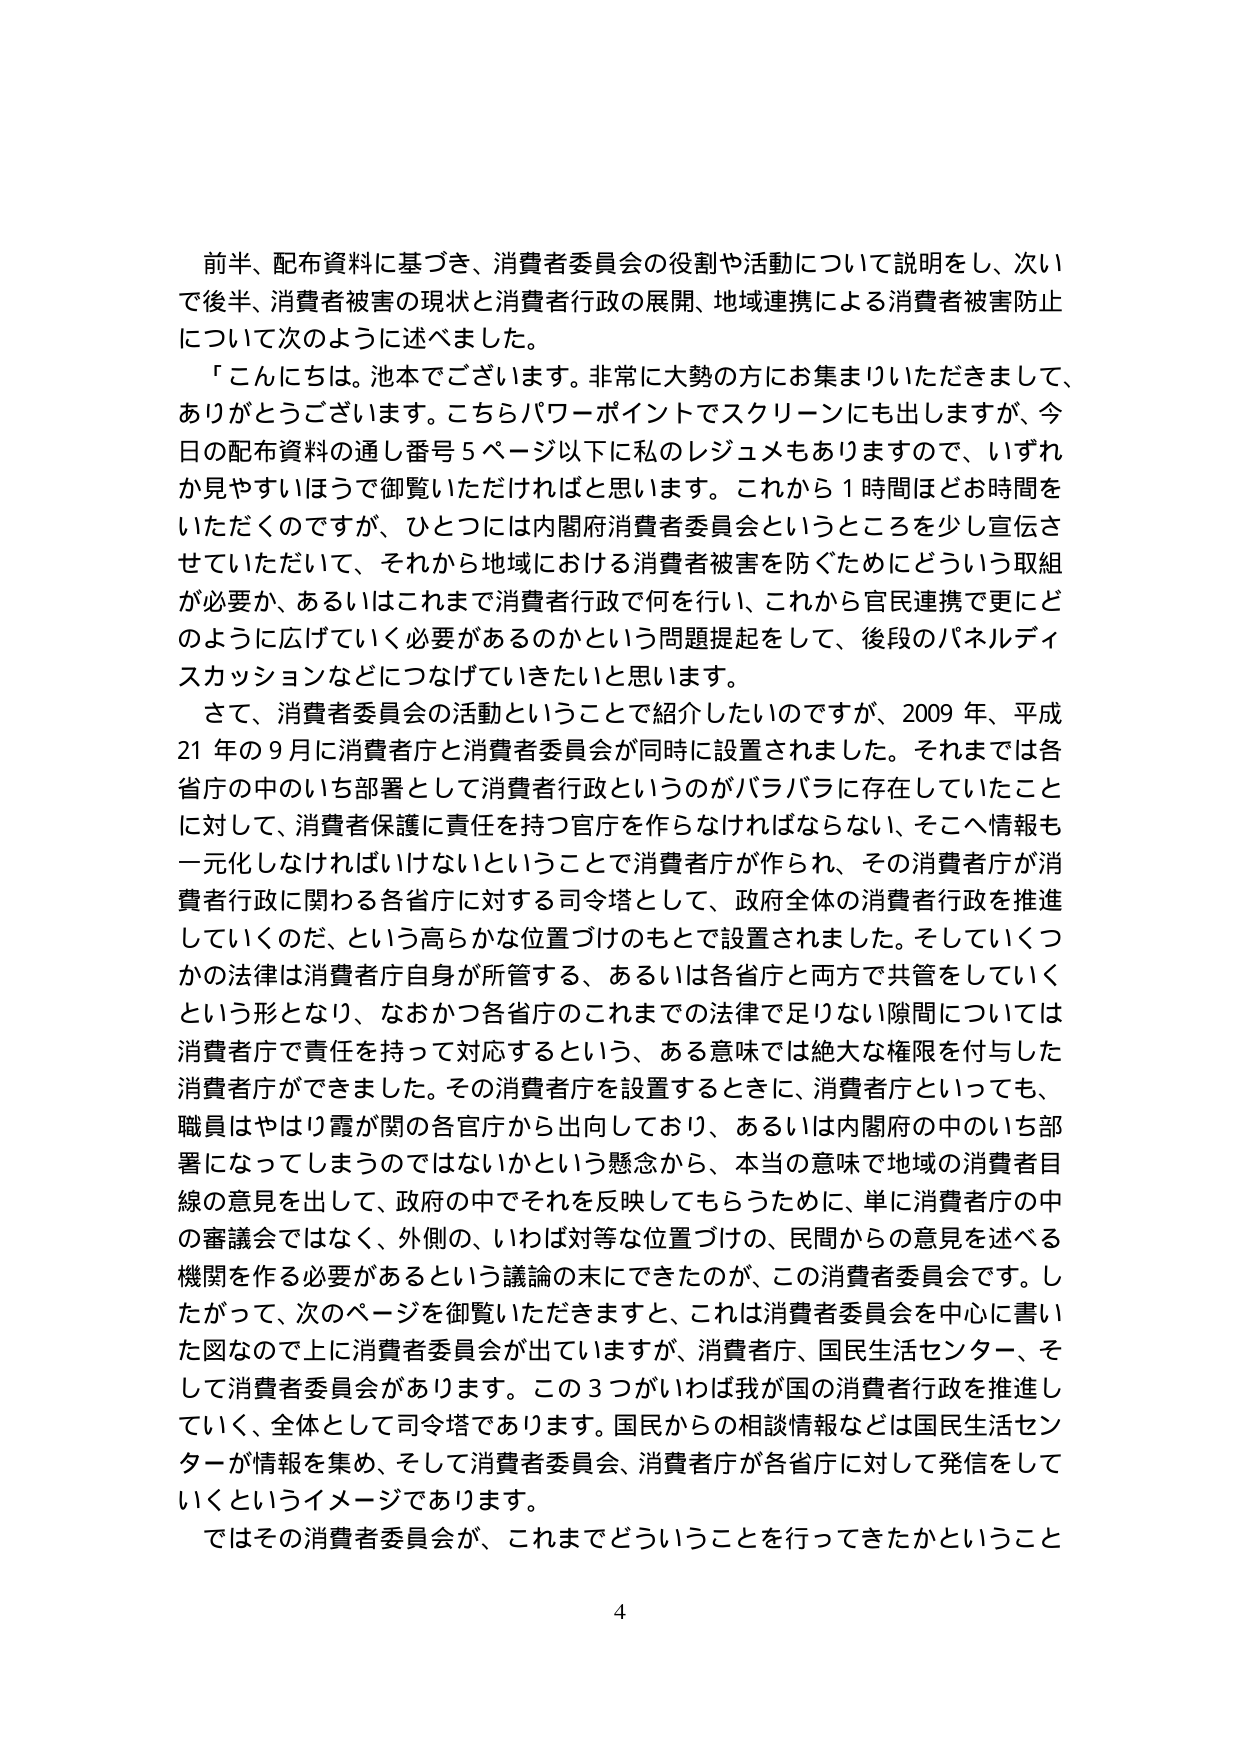
前半、配布資料に基づき、消費者委員会の役割や活動について説明をし、次いで後半、消費者被害の現状と消費者行政の展開、地域連携による消費者被害防止について次のように述べました。

「こんにちは。池本でございます。非常に大勢の方にお集まりいただきまして、ありがとうございます。こちらパワーポイントでスクリーンにも出しますが、今日の配布資料の通し番号５ページ以下に私のレジュメもありますので、いずれか見やすいほうで御覧いただければと思います。これから１時間ほどお時間をいただくのですが、ひとつには内閣府消費者委員会というところを少し宣伝させていただいて、それから地域における消費者被害を防ぐためにどういう取組が必要か、あるいはこれまで消費者行政で何を行い、これから官民連携で更にどのように広げていく必要があるのかという問題提起をして、後段のパネルディスカッションなどにつなげていきたいと思います。

さて、消費者委員会の活動ということで紹介したいのですが、2009年、平成21年の9月に消費者庁と消費者委員会が同時に設置されました。それまでは各省庁の中のいち部署として消費者行政というのがバラバラに存在していたことに対して、消費者保護に責任を持つ官庁を作らなければならない、そこへ情報も一元化しなければいけないということで消費者庁が作られ、その消費者庁が消費者行政に関わる各省庁に対する司令塔として、政府全体の消費者行政を推進していくのだ、という高らかな位置づけのもとで設置されました。そしていくつかの法律は消費者庁自身が所管する、あるいは各省庁と両方で共管していくという形となり、なおかつ各省庁のこれまでの法律で足りない隙間については消費者庁で責任を持って対応するという、ある意味では絶大な権限を付与した消費者庁ができました。その消費者庁を設置するときに、消費者庁といっても、職員はやはり霞が関の各官庁から出向しており、あるいは内閣府の中のいち部署になってしまうのではないかという懸念から、本当の意味で地域の消費者目線の意見を出して、政府の中でそれを反映してもらうために、単に消費者庁の中の審議会ではなく、外側の、いわば対等な位置づけの、民間からの意見を述べる機関を作る必要があるという議論の末にできたのが、この消費者委員会です。したがって、次のページを御覧いただきますと、これは消費者委員会を中心に書いた図なので上に消費者委員会が出ていますが、消費者庁、国民生活センター、そして消費者委員会があります。この３つがいわば我が国の消費者行政を推進していく、全体として司令塔であります。国民からの相談情報などは国民生活センターが情報を集め、そして消費者委員会、消費者庁が各省庁に対して発信をしていくというイメージであります。

ではその消費者委員会が、これまでどういうことを行ってきたかということ

4